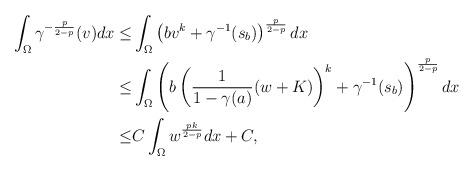
LaTeX: \begin{align*}\int_\Omega \gamma^{-\frac{p}{2-p}}(v)dx\leq & \int_\Omega \left(b v^{k}+\gamma^{-1}(s_b)\right)^{\frac{p}{2-p}}dx\\\leq&\int_\Omega \left(b\left(\frac{1}{1-\gamma(a)}(w+K)\right)^k+\gamma^{-1}(s_b)\right)^{\frac{p}{2-p}}dx\\\leq &C\int_\Omega w^{\frac{pk}{2-p}}dx+C,\end{align*}